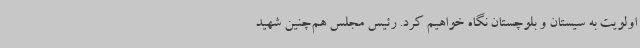
اولویت به سیستان و بلوچستان نگاه خواهیم کرد. رئیس مجلس هم‌چنین شهید